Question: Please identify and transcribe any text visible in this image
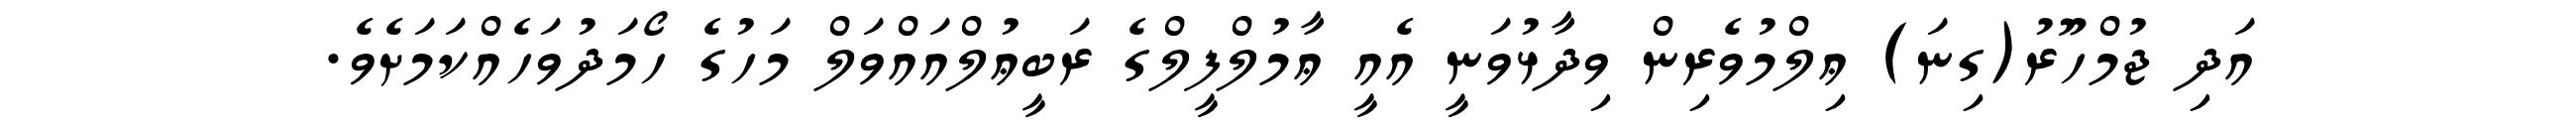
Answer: އަދި ޖުމްހޫރު(ގިނަ) ޢިލްމުވެރިން ވިދާޅުވަނީ އެއީ ޢާމުލްފީލްގެ ރަބީޢުލްއައްވަލް މަހުގެ ހޯމަދުވަހެއްކަމަށެވެ.